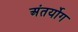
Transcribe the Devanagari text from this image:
अंतर्योग